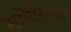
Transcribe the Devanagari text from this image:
सॉर्बिट्रेट्ची